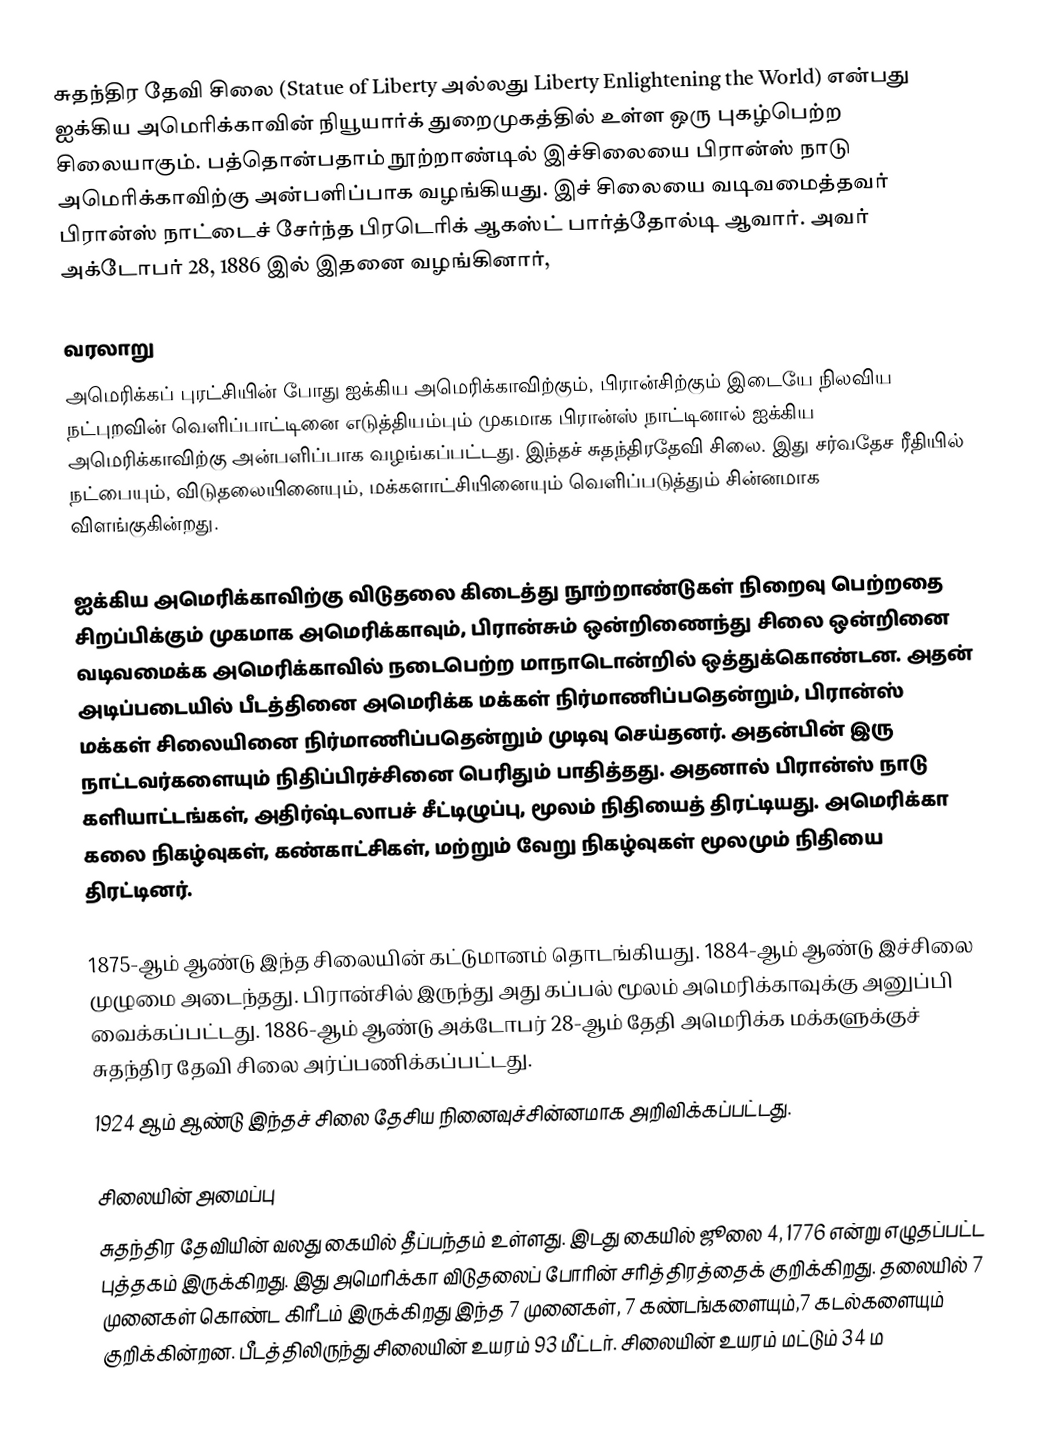
சுதந்திர தேவி சிலை (Statue of Liberty அல்லது Liberty Enlightening the World) என்பது ஐக்கிய அமெரிக்காவின் நியூயார்க் துறைமுகத்தில் உள்ள ஒரு புகழ்பெற்ற சிலையாகும். பத்தொன்பதாம் நூற்றாண்டில் இச்சிலையை பிரான்ஸ் நாடு அமெரிக்காவிற்கு அன்பளிப்பாக வழங்கியது. இச் சிலையை வடிவமைத்தவர் பிரான்ஸ் நாட்டைச் சேர்ந்த பிரடெரிக் ஆகஸ்ட் பார்த்தோல்டி ஆவார். அவர் அக்டோபர் 28, 1886 இல் இதனை வழங்கினார்,

வரலாறு
அமெரிக்கப் புரட்சியின் போது ஐக்கிய அமெரிக்காவிற்கும், பிரான்சிற்கும் இடையே நிலவிய நட்புறவின் வெளிப்பாட்டினை எடுத்தியம்பும் முகமாக பிரான்ஸ் நாட்டினால் ஐக்கிய அமெரிக்காவிற்கு அன்பளிப்பாக வழங்கப்பட்டது. இந்தச் சுதந்திரதேவி சிலை. இது சர்வதேச ரீதியில் நட்பையும், விடுதலையினையும், மக்களாட்சியினையும் வெளிப்படுத்தும் சின்னமாக விளங்குகின்றது.

ஐக்கிய அமெரிக்காவிற்கு விடுதலை கிடைத்து நூற்றாண்டுகள் நிறைவு பெற்றதை சிறப்பிக்கும் முகமாக அமெரிக்காவும், பிரான்சும் ஒன்றிணைந்து சிலை ஒன்றினை வடிவமைக்க அமெரிக்காவில் நடைபெற்ற மாநாடொன்றில் ஒத்துக்கொண்டன. அதன் அடிப்படையில் பீடத்தினை அமெரிக்க மக்கள் நிர்மாணிப்பதென்றும், பிரான்ஸ் மக்கள் சிலையினை நிர்மாணிப்பதென்றும் முடிவு செய்தனர். அதன்பின் இரு நாட்டவர்களையும் நிதிப்பிரச்சினை பெரிதும் பாதித்தது. அதனால் பிரான்ஸ் நாடு களியாட்டங்கள், அதிர்ஷ்டலாபச் சீட்டிழுப்பு, மூலம் நிதியைத் திரட்டியது. அமெரிக்கா கலை நிகழ்வுகள், கண்காட்சிகள், மற்றும் வேறு நிகழ்வுகள் மூலமும் நிதியை திரட்டினர்.

1875-ஆம் ஆண்டு இந்த சிலையின் கட்டுமானம் தொடங்கியது. 1884-ஆம் ஆண்டு இச்சிலை முழுமை அடைந்தது. பிரான்சில் இருந்து அது கப்பல் மூலம் அமெரிக்காவுக்கு அனுப்பி வைக்கப்பட்டது. 1886-ஆம் ஆண்டு அக்டோபர் 28-ஆம் தேதி அமெரிக்க மக்களுக்குச் சுதந்திர தேவி சிலை அர்ப்பணிக்கப்பட்டது.
1924 ஆம் ஆண்டு இந்தச் சிலை தேசிய நினைவுச்சின்னமாக அறிவிக்கப்பட்டது.

சிலையின் அமைப்பு
சுதந்திர தேவியின் வலது கையில் தீப்பந்தம் உள்ளது. இடது கையில் ஜூலை 4, 1776 என்று எழுதப்பட்ட புத்தகம் இருக்கிறது. இது அமெரிக்கா விடுதலைப் போரின் சரித்திரத்தைக் குறிக்கிறது. தலையில் 7 முனைகள் கொண்ட கிரீடம் இருக்கிறது இந்த 7 முனைகள், 7 கண்டங்களையும்,7 கடல்களையும் குறிக்கின்றன. பீடத்திலிருந்து சிலையின் உயரம் 93 மீட்டர். சிலையின் உயரம் மட்டும் 34 ம